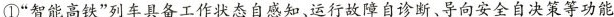
①”智能高铁”列车具备工作状态自感知、运行故障自诊断、导向安全自决策等功能